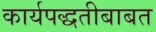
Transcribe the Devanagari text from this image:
कार्यपद्धतीबाबत